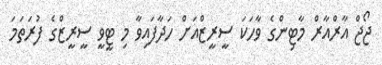
ޖޯޖް އާރްއާރް މާޓިންގެ ވާހަކަ ސީރީޒްއަށް ހަދާފައިވާ މި ޓީވީ ސީރީޒްގެ ފުރަތަމަ